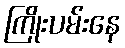
ကြိုးပမ်းနေ